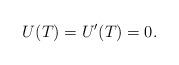
LaTeX: \begin{align*}U(T) = U'(T)=0.\end{align*}